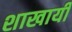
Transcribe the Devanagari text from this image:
शाखायी